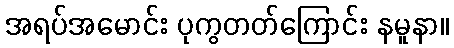
အရပ်အမောင်း ပုကွတတ်ကြောင်း နမူနာ။